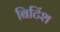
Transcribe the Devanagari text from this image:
बिटिंश